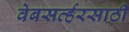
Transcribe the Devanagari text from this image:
वेबसर्व्हरसाठी